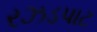
રઝડપાટ